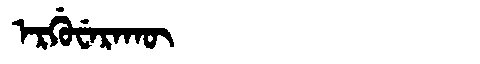
Manchu: ᡝᡵᡤᡠᠸᡝᡵᠠᡴᡡ
Romanization: ERGUWERAKŪ